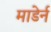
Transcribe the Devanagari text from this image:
माडेर्न